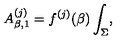
A _ { \beta , 1 } ^ { ( j ) } = f ^ { ( j ) } ( \beta ) \int _ { \Sigma } ,